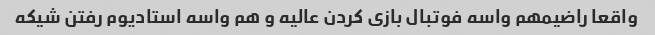
واقعا راضیمهم واسه فوتبال بازی کردن عالیه و هم واسه استادیوم رفتن شیکه